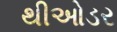
થીઓડર